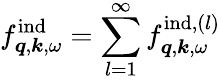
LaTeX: f_{\boldsymbol{q},\boldsymbol{k},\omega}^{\mathrm{ind}}=\sum_{l=1}^{\infty}f_{\boldsymbol{q},\boldsymbol{k},\omega}^{\mathrm{ind},(l)}